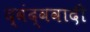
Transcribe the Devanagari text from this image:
द्वंद्ववादी